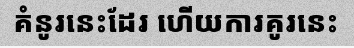
គំនូរនេះដែរ ហើយការគូរនេះ